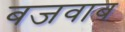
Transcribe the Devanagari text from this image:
बजवाब